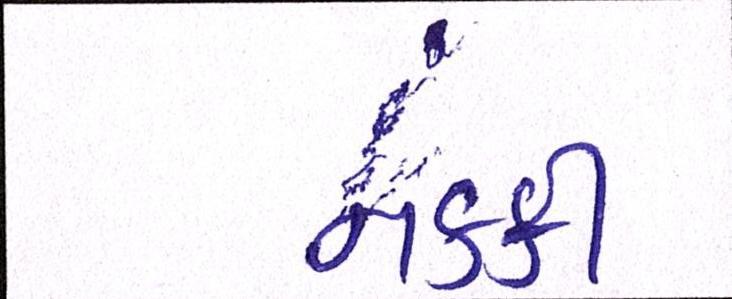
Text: નક્કી